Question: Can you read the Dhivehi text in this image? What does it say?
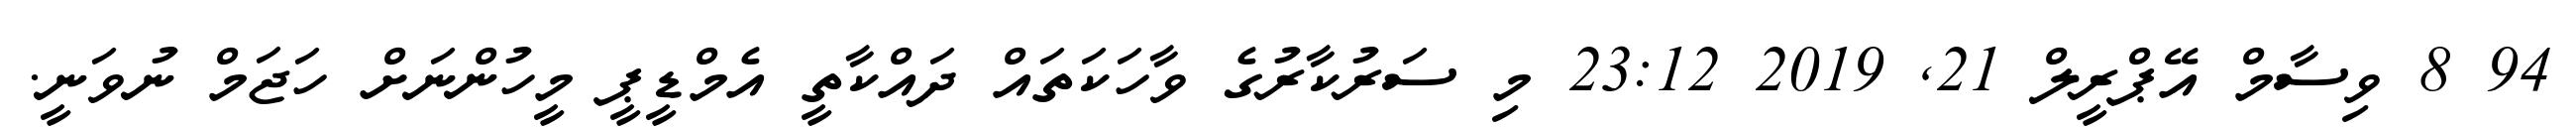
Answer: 94 8 ވިސާމް އޭޕްރީލް 21, 2019 23:12 މި ސަރުކާރުގެ ވާހަކަތައް ދައްކާތީ އެމްޑީޕީ މީހުންނަށް ހަޖަމް ނުވަނީ.